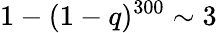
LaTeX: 1-(1-q)^{300}\sim 3